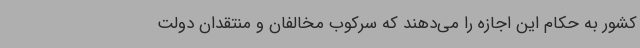
کشور به حکام این اجازه را می‌دهند که سرکوب مخالفان و منتقدان دولت